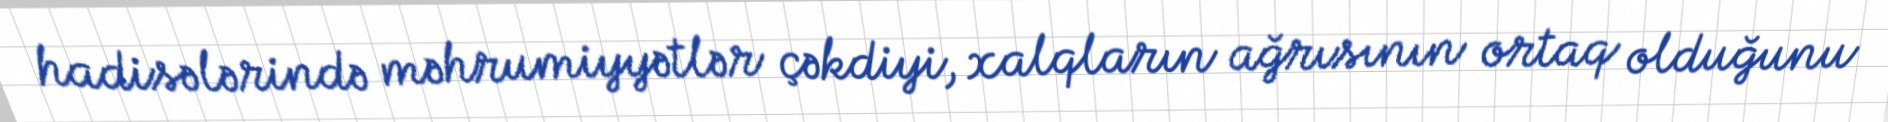
hadisələrində məhrumiyyətlər çəkdiyi, xalqların ağrısının ortaq olduğunu